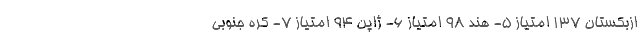
ازبکستان ۱۳۷ امتیاز ۵- هند ۹۸ امتیاز ۶- ژاپن ۹۴ امتیاز ۷- کره جنوبی